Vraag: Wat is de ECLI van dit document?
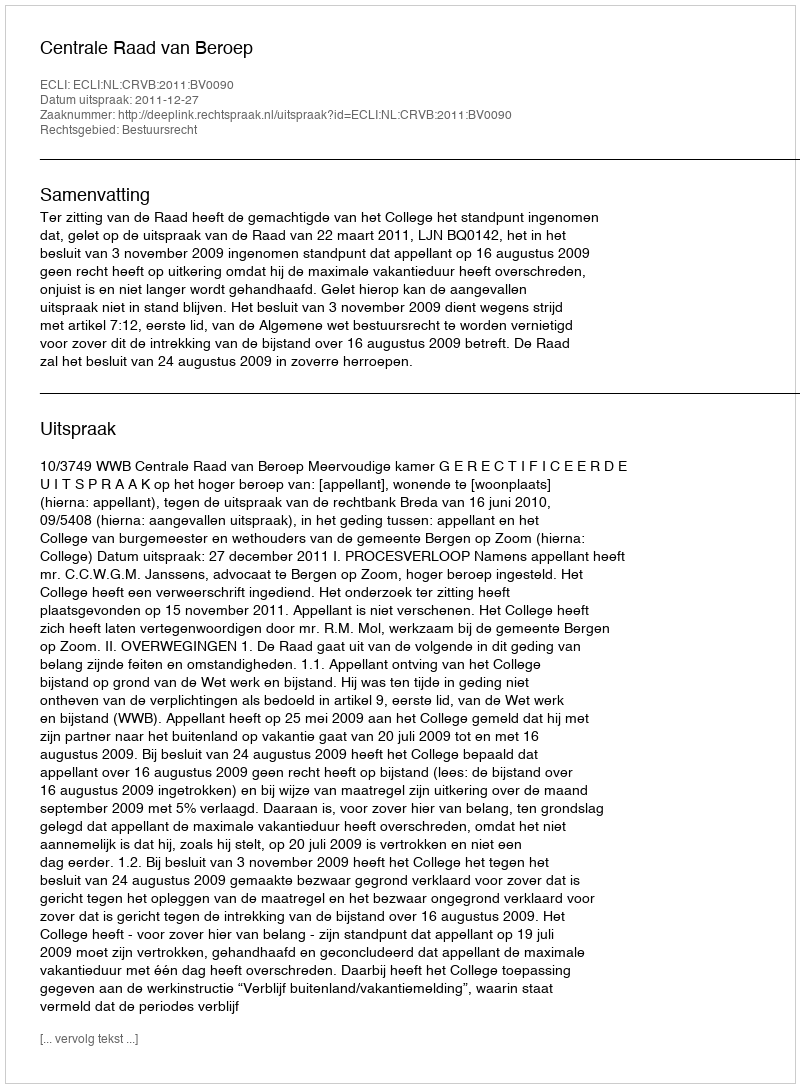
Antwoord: ECLI:NL:CRVB:2011:BV0090